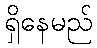
ရှိနေမည်